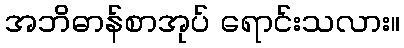
အဘိဓာန်စာအုပ် ရောင်းသလား။